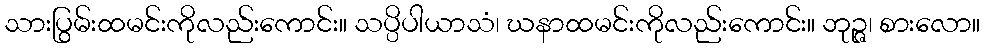
သားပြွမ်းထမင်းကိုလည်းကောင်း။ သပ္ပိပါယာသံ၊ ဃနာထမင်းကိုလည်းကောင်း။ ဘုဉ္ဇ၊ စားလော။